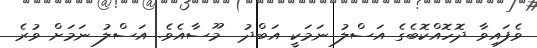
ވެފައިވާ ދޮހޮއްކޮބެގެ އަސްލު ނަމަކީ އަބްދު  މޫސާއެވެ. އަސްލު ނަމަށް ވުރެ